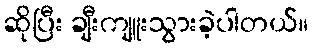
ဆိုပြီး ချီးကျူးသွားခဲ့ပါတယ်။